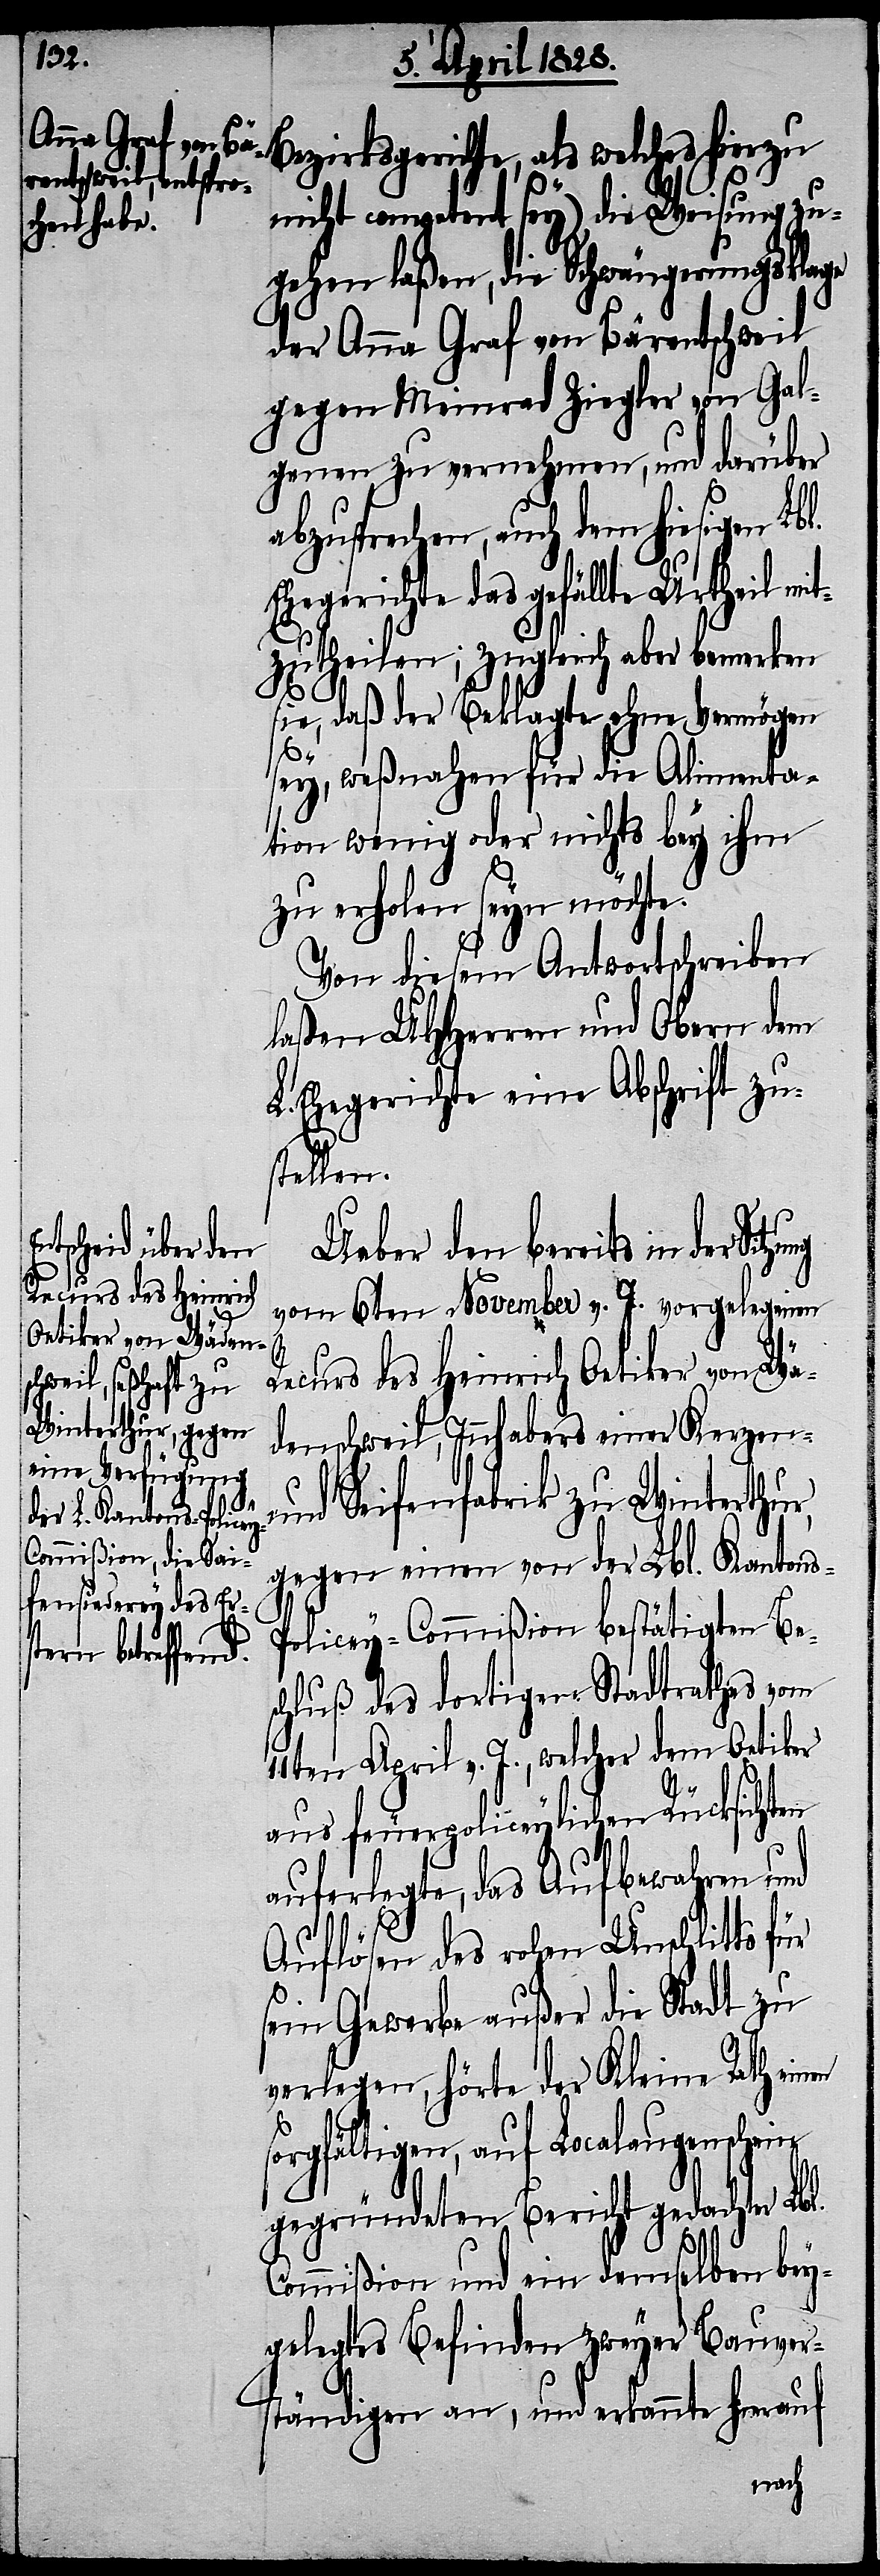
l.
Bezirksgerichte, als welches hierzu
en
nicht competent sey), die Weisung zu¬
gehen laßen, die Schwängerungsklage
der Anna Graf von Bärentschweil
gegen Meinrad Ziegler von Gal¬
genen zu vernehmen, und darüber
abzusprechen, auch dem hiesigen Lbl.
Ehegerichte das gefällte Urtheil mi¬
tzutheilen; zugleich aber bemerken
sie, daß der Beklagte ohne Vermögen
sey, weßnahen für die Alimenta¬
tion wenig oder nichts bey ihm
zu erholen seyn möchte.
Von diesem Antwortschreiben
laßen UHHerren und Obern dem
L. Ehegerichte eine Abschrift zu¬
stellen.
Ueber den bereits in der
vom 6ten November v. J. vorgelegenen
Recurs des Heinrich Oetiker von Wä¬
denschweil, Innhabers einer Kerzen-
und Seifenfabrik zu Winterthur,
gegen einen von der Lbl. Kanton¬
olicey-Commißion bestätigten Bes¬
chluß des dortigen Stadtrathes vom
11ten April v. J., welcher dem Oetiker
aus feuerpoliceylichen Rücksichten
auferlegte, das Aufbewahren und
Auflösen des rohen Unschlitts für
sein Gewerbe außer die Stadt zu
verlegen, hörte der Kleine Rath ein¬
sorgfältigen, auf Localaugenschein
gegründeten Bericht gedachter Lb¬
Commißion und ein demselben bey¬
gelegtes Befinden zweyer Bauver¬
ständigen an, und erkannte hierauf